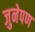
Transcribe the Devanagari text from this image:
जुनेपण